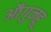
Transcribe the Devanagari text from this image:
औगुनहू